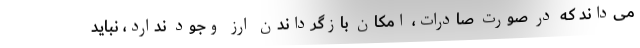
می‌داند که در صورت صادرات، امکان بازگرداندن ارز وجود ندارد، نباید